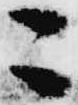
ニ